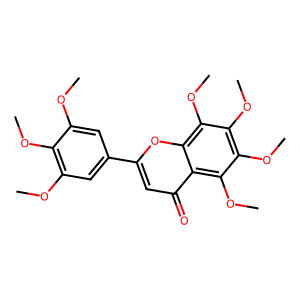
SMILES: COc1cc(-c2cc(=O)c3c(OC)c(OC)c(OC)c(OC)c3o2)cc(OC)c1OC
Inhibits HIV replication: No